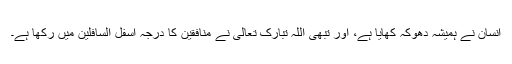
انسان نے ہمیشہ دھوکہ کھایا ہے، اور تبھی اللہ تبارک تعالیٰ نے منافقین کا درجہ اسفل السافلین میں رکھا ہے۔